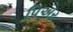
પિઅર